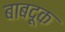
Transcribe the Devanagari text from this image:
बाबदूक